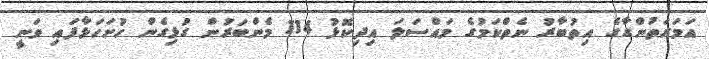
އަމަރަތުންގާގެ އިތުބާރު ނެތްކަމުގެ މައްސަލަ އިިދިކޮޅު 114 މެންބަރުން ގުޅިގެން ހުށަަހަޅާފައި ވަނީ